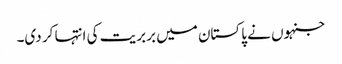
جنہوں نے پاکستان میں بربریت کی انتہا کر دی۔